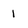
Character: 1